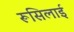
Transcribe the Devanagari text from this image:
रूसिलाई